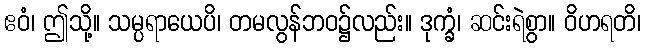
ဧဝံ၊ ဤသို့။ သမ္ပရာယေပိ၊ တမလွန်ဘဝ၌လည်း။ ဒုက္ခံ၊ ဆင်းရဲစွာ။ ဝိဟရတိ၊